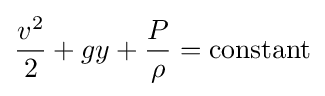
{v^{2} \over 2}+gy+{P \over \rho }=\mathrm {constant}